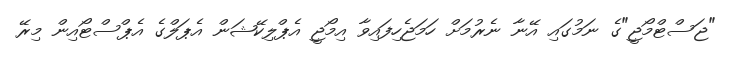
"ޖަސްޓްމޯޖީ"ގެ ނަމުގައި އޭނާ ނެރުމަށް ހަމަޖެހިފައިވާ އިމޯޖީ އެޕްލިކޭޝަން އެޕަލްގެ އެޕްސްޓޯއިން މިރޭ